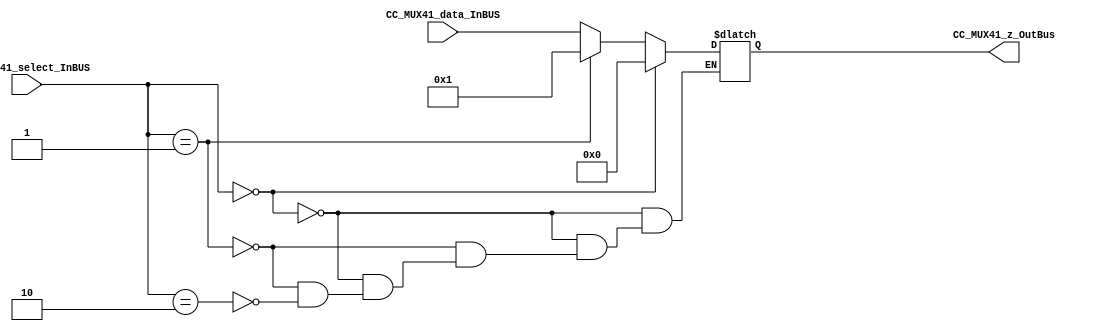
module CC_MUX41 #(parameter MUX41_SELECTWIDTH=8)(
//////////// OUTPUTS //////////
	CC_MUX41_z_OutBus,
//////////// INPUTS //////////
	CC_MUX41_select_InBUS,
	CC_MUX41_data_InBUS

);
//=======================================================
//  PARAMETER declarations
//=======================================================

//=======================================================
//  PORT declarations
//=======================================================
output	[MUX41_SELECTWIDTH-1:0] CC_MUX41_z_OutBus;

input [MUX41_SELECTWIDTH-1:0] CC_MUX41_select_InBUS;
input 	[MUX41_SELECTWIDTH-1:0] CC_MUX41_data_InBUS;


//=======================================================Q/
///A=======================================================
//  REG/WIRE declarations
//=======================================================


reg [MUX41_SELECTWIDTH-1:0] reg_datainbus;
//=======================================================
//  Structural coding
//=======================================================
always @(*)
begin
   if( CC_MUX41_select_InBUS == 1'b0000000)// cuando el select está en 0 la pantalla está en 0s
      
		 reg_datainbus = 1'b00000000;
   else if( CC_MUX41_select_InBUS == 1'b00000001)/// cuando el select está en 1 la pantalla está en 1s
	
		 reg_datainbus =1'b00000001;
	
   else if( CC_MUX41_select_InBUS == 2'b00000010)// está en 2 saca el random
	
       reg_datainbus = CC_MUX41_data_InBUS;
	

end

assign CC_MUX41_z_OutBus = reg_datainbus;


endmodule